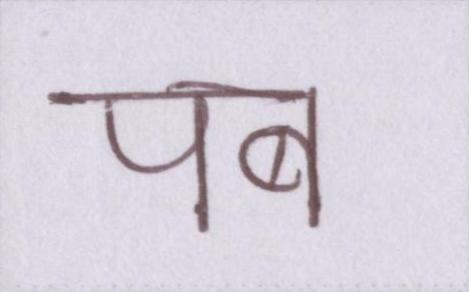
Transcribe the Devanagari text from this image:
पब